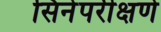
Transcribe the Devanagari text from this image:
सिनेपरीक्षणे